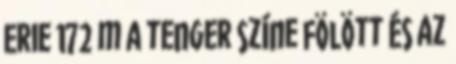
Erie 172 m a tenger színe fölött és az